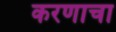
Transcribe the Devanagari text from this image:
करणाचा